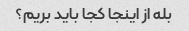
بله از اینجا کجا باید بریم؟